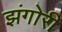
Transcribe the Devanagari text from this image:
झंगोरी